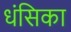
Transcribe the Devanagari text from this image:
धंसिका